Riigikantselei, lk 6
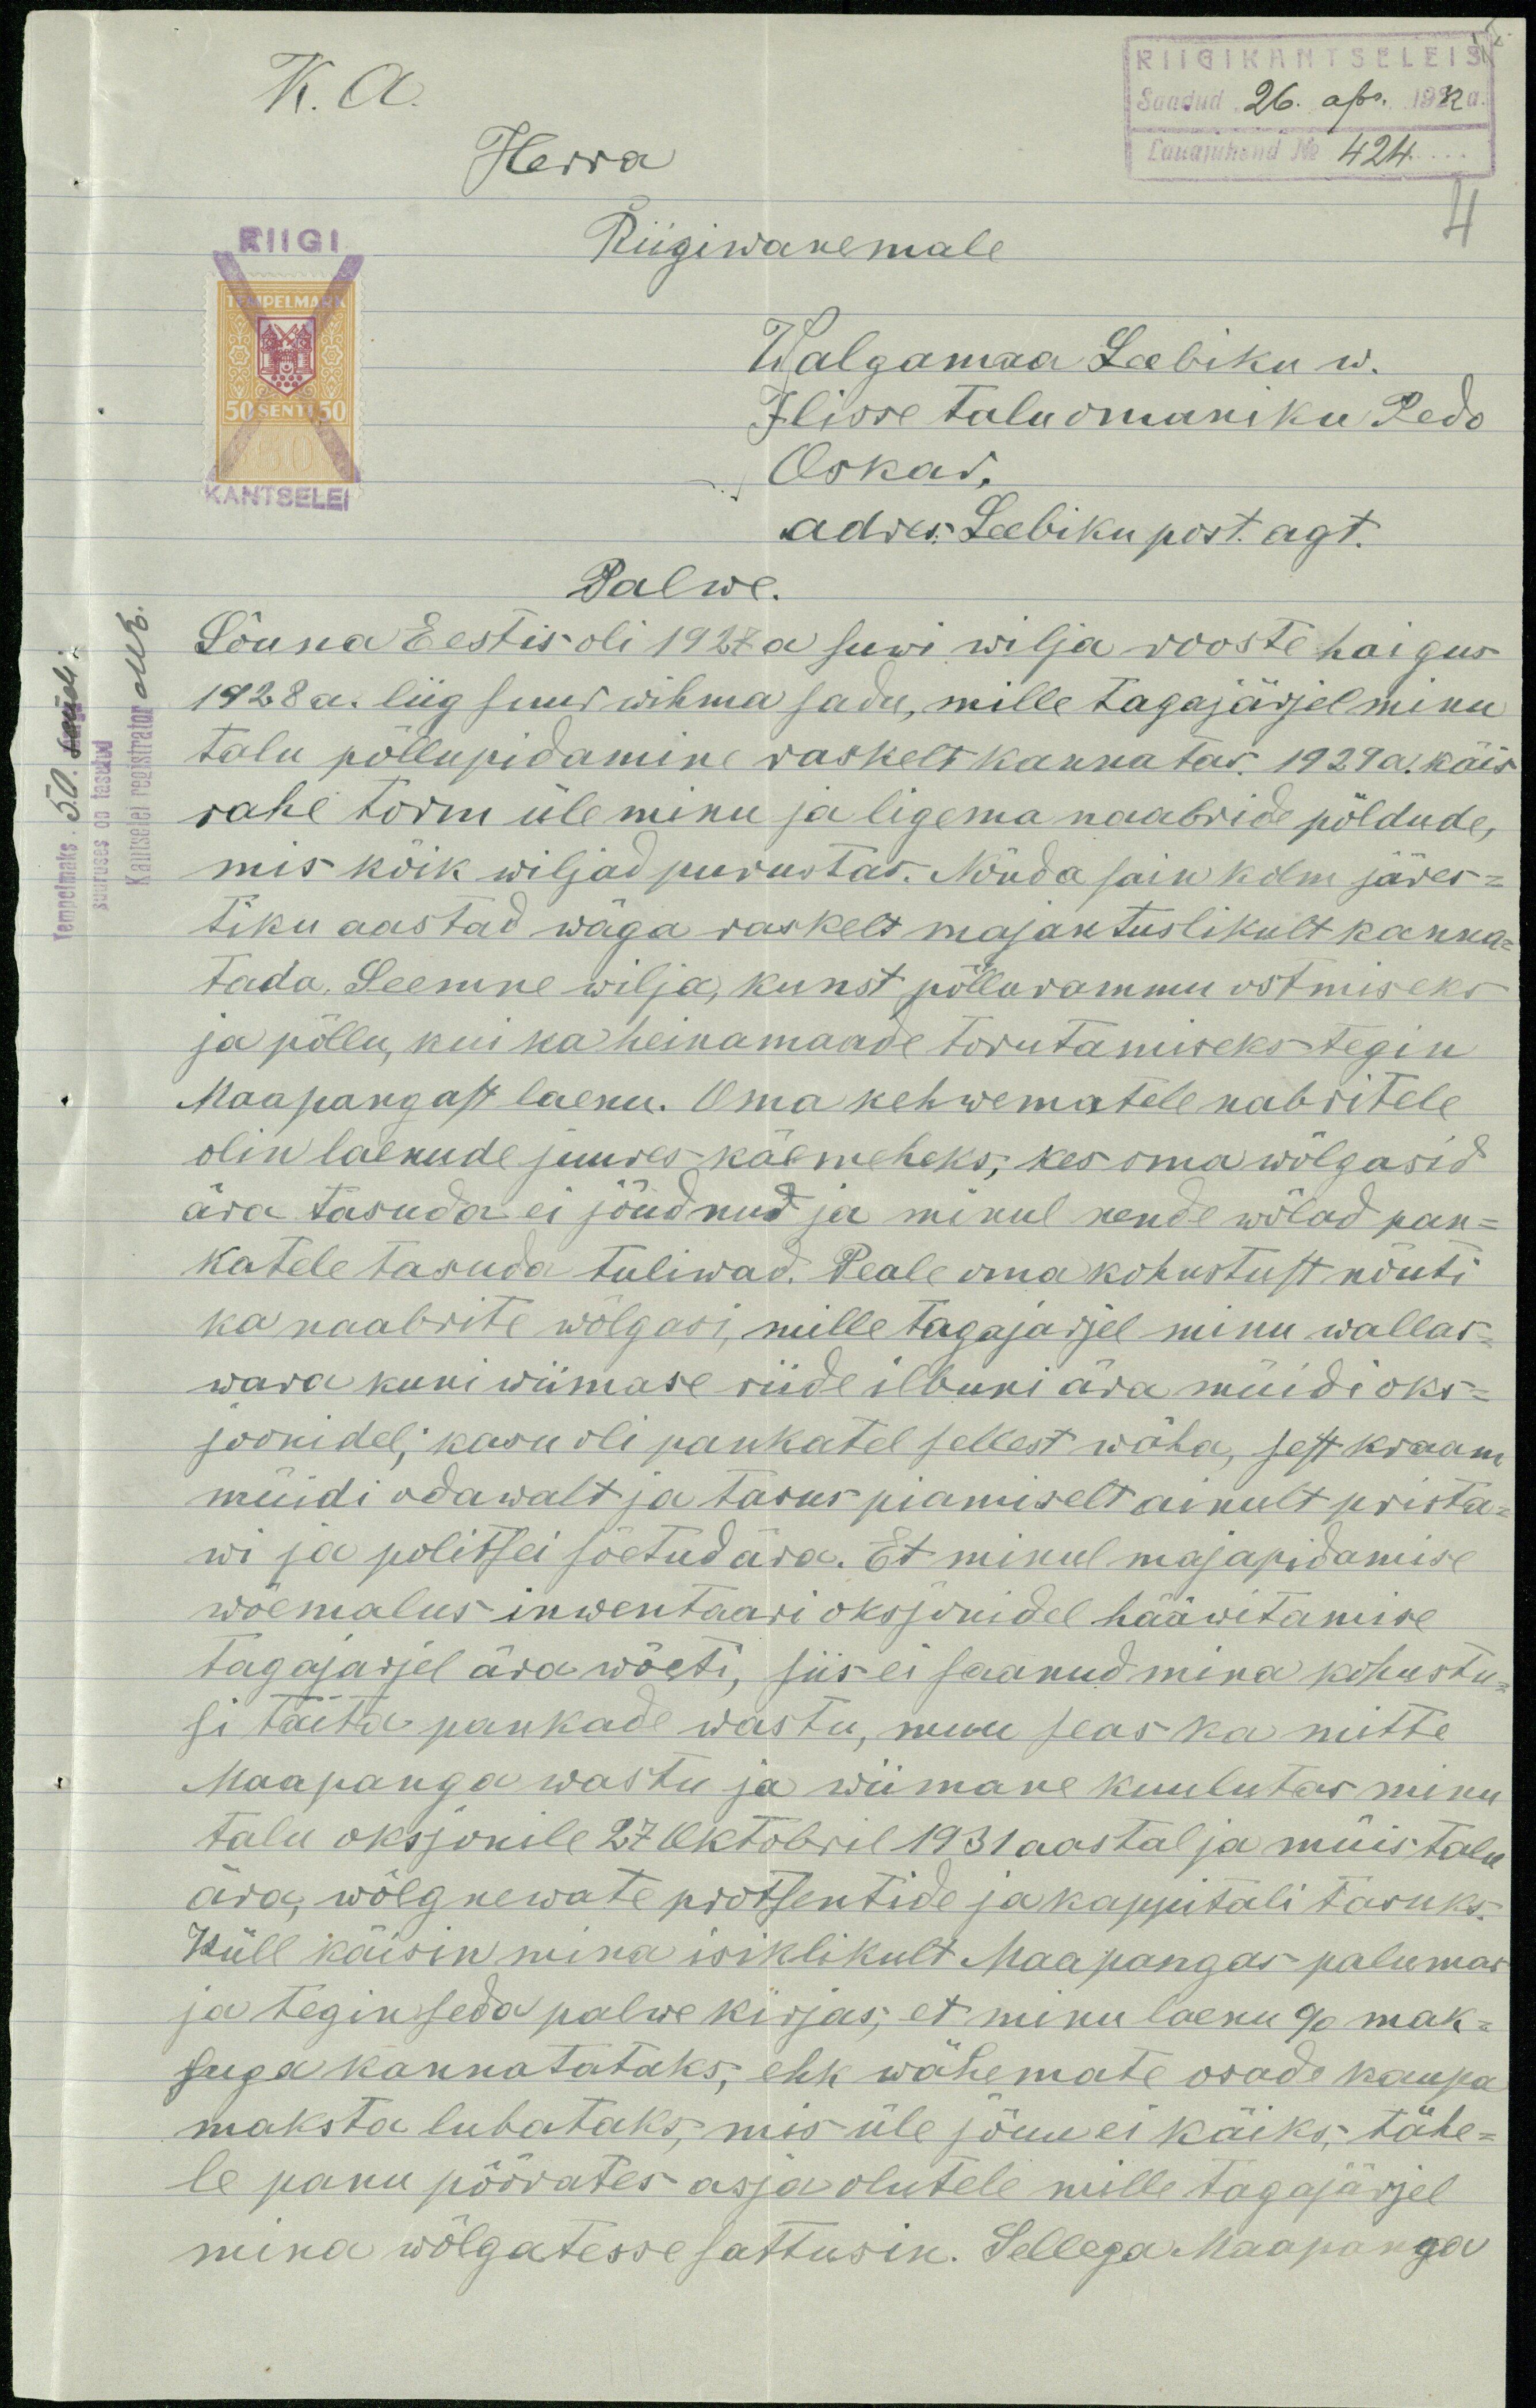
K. A.
RIIGIKANTSELEIS
Saadud "26" apr. 1932a.
Herra
Lauajuhend No 424
Riigiwanemale
4
Walgamaa Leebiku w.
Ilisse talu omaniku Pedo
Oskar,
adres: Leebiku post. agt.
Palwe.
Lõuna Eestis oli 1927 a suwi wilja rooste haigus
1928 a. liig suur wihma sadu, mille tagajärjel minu
talu põllupidamine raskelt kannatas. 1929 a. käis
rahe torm üle minu ja ligema naabride põldude,
mis kõik wiljad purustas. Nõnda sain kolm järes-
tiku aastad wäga raskelt majantuslikult kanna-
tada. Seemne wilja, kunst põllurammu ostmiseks
ja põllu, kui ka heinamaade torutamiseks tegin
Maapangast laenu. Oma kehwematele nabritele
olin laenude juures käemeheks, kes oma wõlgasid
ära tasuda ei jõudnud ja minul nende wõlad pan-
katele tasuda tuliwad. Peale oma kohustust nõuti
ka naabrite wõlgasi, mille tagajärjel minu wallas-
wara kuni wiimase riide ilbuni ära müidi oks-
joonidel; kasu oli pankatel sellest wäha, sest kraam
müidi odawalt ja tasus piamiselt ainult prista-
wi ja politsei sõetud ära. Et minul majapidamise
wõemalus inwentaari oksjonidel hääwitamise
tagajarjel ära wõeti, siis ei saanud mina kohustu-
si täita pankade wastu, muu seas ka mitte
Maapanga wastu ja wiimane kuulutas minu
talu oksjonele 27 oktobril 1931 aastal ja müis talu
ära, wõlgnewate protsentide ja kappitali tasuks.
Küll käisin mina isiklikult Maapangas palumas
ja tegin seda palwe kirjas; et minu laenu % mak-
suga kannatataks, ehk wähemate osade kaupa
maksta lubataks, mis üle jõuu ei käiks; tähe-
le panu pöörates asja olutele mille tagajärjel
mina wõlgatesse sattusin. Sellega Maapanga